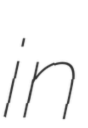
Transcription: in